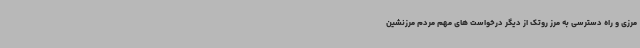
مرزی و راه دسترسی به مرز روتک از دیگر درخواست های مهم مردم مرزنشین